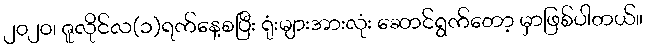
၂၀၂၀၊ ဇူလိုင်လ(၁)ရက်နေ့စပြီး ရုံးများအားလုံး ဆောင်ရွက်တော့ မှာဖြစ်ပါတယ်။